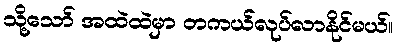
သို့သော် အထဲထဲမှာ တကယ်လုပ်လာနိုင်မယ်။